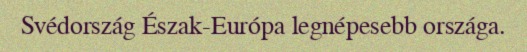
Svédország Észak-Európa legnépesebb országa.